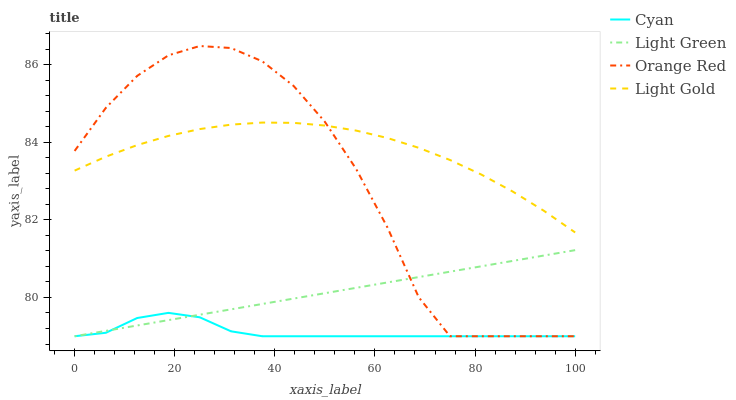
| xaxis_label | Cyan | Light Green | Orange Red | Light Gold |
 | --- | --- | --- | --- | --- |
 | 0 | 79 | 79 | 83.8 | 83.3 |
 | 6.25 | 79.1 | 79.1 | 84.9 | 83.6 |
 | 12.5 | 79.5 | 79.3 | 85.7 | 83.9 |
 | 18.8 | 79.6 | 79.4 | 86.2 | 84.2 |
 | 25 | 79.5 | 79.6 | 86.5 | 84.3 |
 | 31.2 | 79.1 | 79.7 | 86.4 | 84.5 |
 | 37.5 | 79 | 79.8 | 86.1 | 84.5 |
 | 43.8 | 79 | 80 | 85.5 | 84.5 |
 | 50 | 79 | 80.1 | 84.5 | 84.4 |
 | 56.2 | 79 | 80.2 | 83.3 | 84.3 |
 | 62.5 | 79 | 80.4 | 81.8 | 84.1 |
 | 68.8 | 79 | 80.5 | 80 | 83.9 |
 | 75 | 79 | 80.7 | 79 | 83.5 |
 | 81.2 | 79 | 80.8 | 79 | 83.2 |
 | 87.5 | 79 | 80.9 | 79 | 82.7 |
 | 93.8 | 79 | 81.1 | 79 | 82.2 |
 | 100 | 79 | 81.2 | 79 | 81.7 |